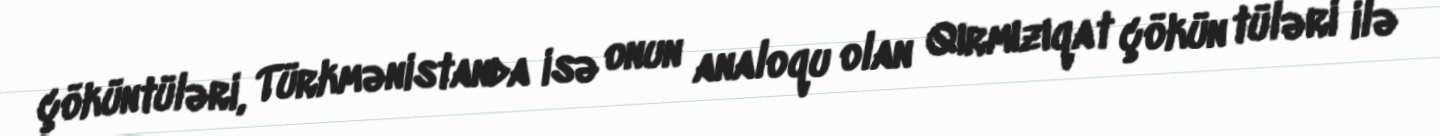
çöküntüləri, Türkmənistanda isə onun analoqu olan Qırmızıqat çökün tüləri ilə